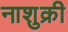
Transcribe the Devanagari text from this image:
नाशुक्री